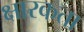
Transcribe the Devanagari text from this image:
क्षारकता